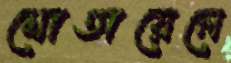
মোতায়েনে